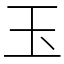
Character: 玉